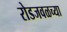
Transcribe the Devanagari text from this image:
रोडजवळच्या